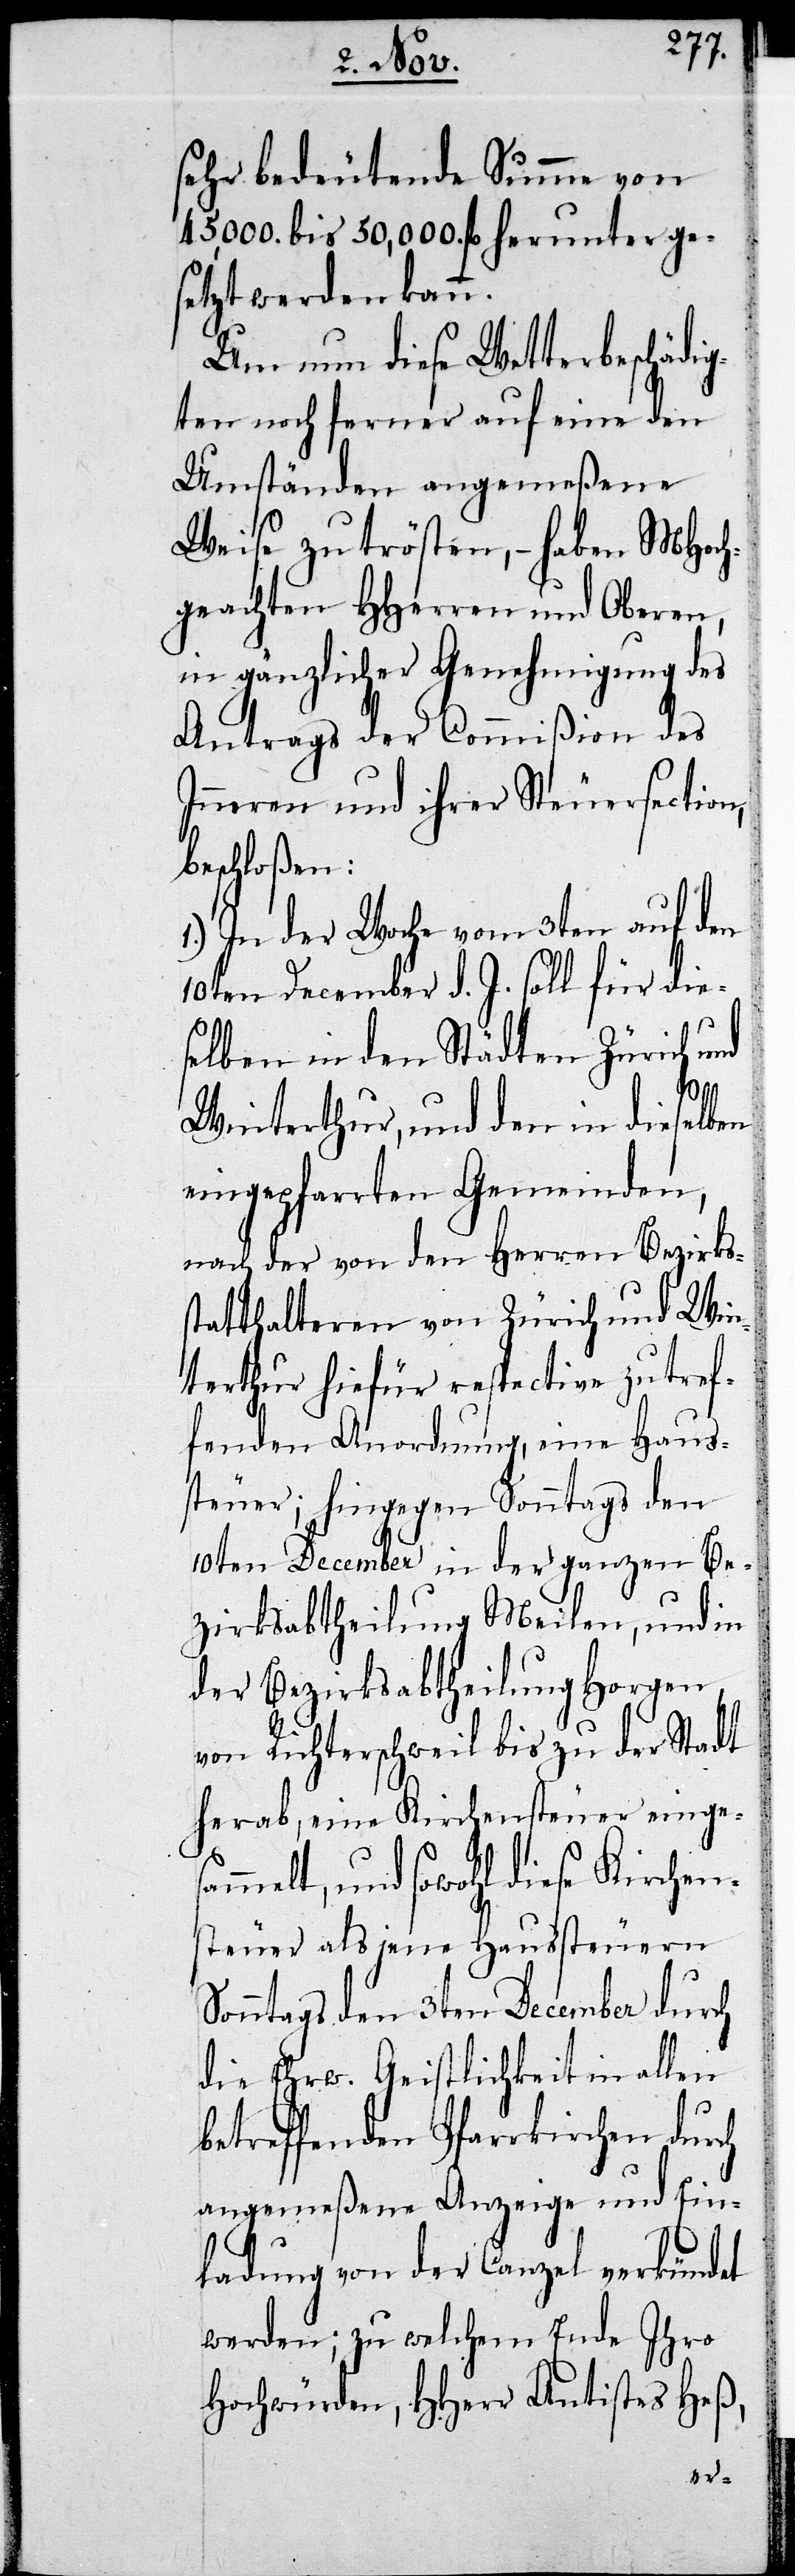
sehr bedeutende Summe von
45,000. bis 50,000. fl herunter ge¬
setzt werden kann.
Um nun diese Wetterbeschädig¬
ten noch ferner auf eine den
Umständen angemeßene
Weise zu trösten, – haben MHoch¬
geachten HHerren und Oberen,
in gänzlicher Genehmigung des
Antrags der Commißion des
Inneren und ihrer Steuersection,
beschloßen:
1.) In der Woche vom 3ten auf den
10ten December d. J. soll für die¬
selben in den Städten Zürich und
Winterthur, und den in dieselben
eingepfarrten Gemeinden,
nach der von den Herren Bezirks¬
statthalteren von Zürich und Win¬
terthur hiefür respective zutref¬
fenden Anordnungen, eine Haus¬
steuer; hingegen Sonntags den
10ten December in der ganzen Be¬
zirksabtheilung Meilen, und in
der Bezirksabtheilung Horgen
von Richterschweil bis zu der Stadt
herab, eine Kirchensteuer einges¬
ammelt, und sowohl diese Kirchen¬
steuer als jene Haussteuern
Sonntags den 3ten December durch
die Ehrw. Geistlichkeit in allen
betreffenden Pfarrkirchen durch
angemeßene Anzeige und Ein¬
ladung von der Canzel verkündet
werden; zu welchem Ende Ihro
Hochwürden, HHerr Antistes Heß,